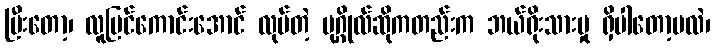
ပြီးတော့၊ လူမြင်ကောင်းအောင် လုပ်တဲ့ ပုဂ္ဂိုလ်ဆိုကတည်းက ဘယ်ရိုးသားမှု ရှိပါတော့မလဲ၊